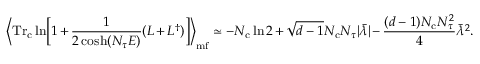
\biggl \langle \mathrm { T r _ { c } } \ln \Bigl [ 1 + \frac { 1 } { 2 \cosh ( N _ { \tau } E ) } ( L + L ^ { \dagger } ) \Bigr ] \biggr \rangle _ { \mathrm { m f } } \simeq - N _ { \mathrm { c } } \ln 2 + \sqrt { d - 1 } N _ { \mathrm { c } } N _ { \tau } | \bar { \lambda } | - \frac { ( d - 1 ) N _ { \mathrm { c } } N _ { \tau } ^ { 2 } } { 4 } \bar { \lambda } ^ { 2 } .